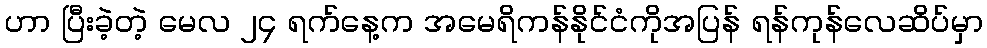
ဟာ ပြီးခဲ့တဲ့ မေလ ၂၄ ရက်နေ့က အမေရိကန်နိုင်ငံကိုအပြန် ရန်ကုန်လေဆိပ်မှာ